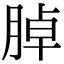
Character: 𦜰